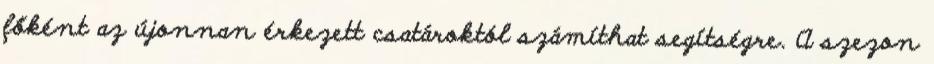
főként az újonnan érkezett csatároktól számíthat segítségre. A szezon